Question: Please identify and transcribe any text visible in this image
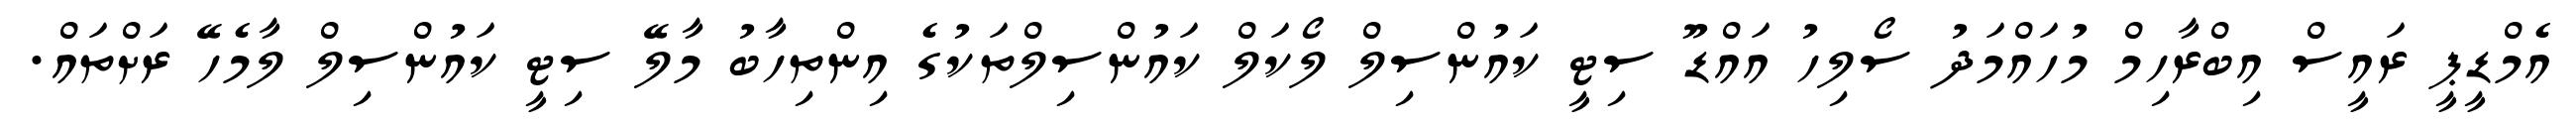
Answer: އެމްޑީޕީ ރައީސް އިބްރާހިމް މުހައްމަދު ސޯލިހު އައްޑޫ ސިޓީ ކައުންސިލް ލޯކަލް ކައުންސިލްތަކުގެ އިންތިހާބު މާލޭ ސިޓީ ކައުންސިލް ލާމެހޭ ރަށްތައް.